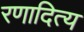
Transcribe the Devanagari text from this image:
रणादित्य